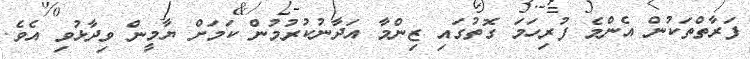
ފަރާތްތަކުން އެންމެ ފުރިހަމަ ގޮތުގައި ޒިންމާ އަދާނުކުރުމުން ކަމަށް ޔާމީން ވިދާޅުވި އެވެ.